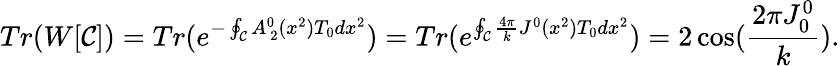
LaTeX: Tr(W[{\cal C}])=Tr(e^{-\oint_{\cal C}A_{\ 2}^{0}(x^{2})T_{0}dx^{2}})=Tr(e^{\oint_{\cal C}\frac{4\pi}{k}J^{0}(x^{2})T_{0}dx^{2}})=2\cos({\frac{2\pi J_{0}^{0}}{k}}).